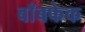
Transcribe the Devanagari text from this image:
बाँबफेक